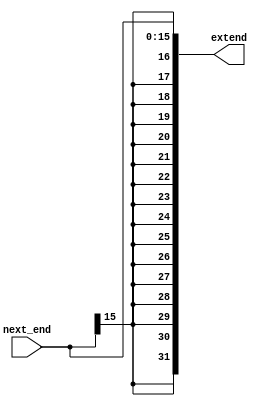
`timescale 1ns / 1ps

module s_extend(
    input wire [15:0] next_end,
    output reg [31:0] extend
  );
  
  always @ * begin
    // Replicate signed bit 16 times then cancatinate
    extend <= { {16{next_end[15]}}, next_end };
  end
  
endmodule